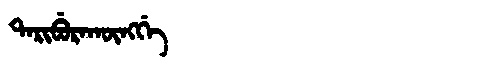
Manchu: ᡨᠠᡵᡳᠪᡠᡵᠠᡴᡡᠩᡤᡝ
Romanization: TARIBURAKŪNGGE